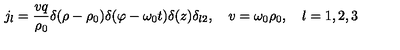
j _ { l } = \frac { v q } { \rho _ { 0 } } \delta ( \rho - \rho _ { 0 } ) \delta ( \varphi - \omega _ { 0 } t ) \delta ( z ) \delta _ { l 2 } , \quad v = \omega _ { 0 } \rho _ { 0 } , \quad l = 1 , 2 , 3